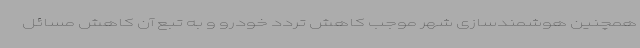
همچنین هوشمندسازی شهر موجب کاهش تردد خودرو و به تبع آن کاهش مسائل